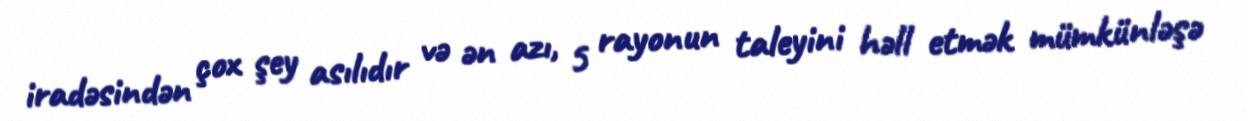
iradəsindən çox şey asılıdır və ən azı, 5 rayonun taleyini həll etmək mümkünləşə